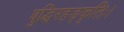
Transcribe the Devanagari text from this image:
बुद्धिरहङ्कृतिः।